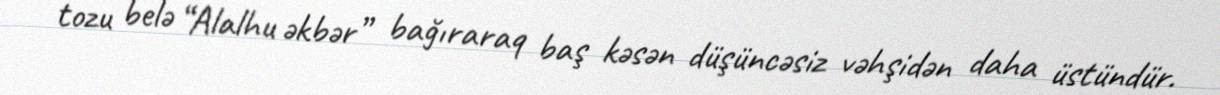
tozu belə “Alalhu əkbər” bağıraraq baş kəsən düşüncəsiz vəhşidən daha üstündür.